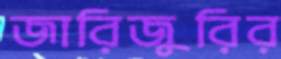
জারিজুরির